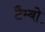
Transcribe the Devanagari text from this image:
टैम्बो